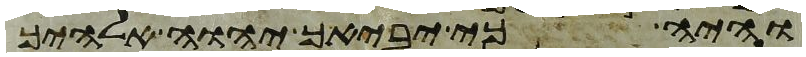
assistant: והיה כי יביאך יהוה אלהיך